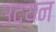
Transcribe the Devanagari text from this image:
उद्यन